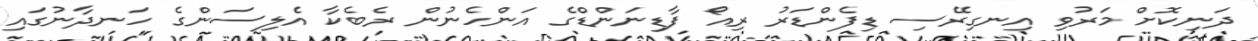
ދަނިކޮށް މަރުވި އިނގިރޭސި ޑިފެންޑަރު ރިއޯ ފާޑިނަންޑްގެ އަންހެނުން ރެބެކާ އެލިސަންގެ ހަނދާނުގައި